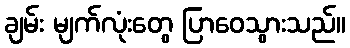
ချမ်း မျက်လုံးတွေ ပြာဝေသွားသည်။